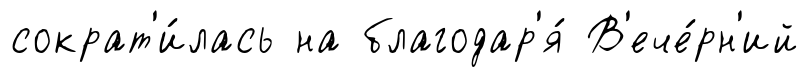
сократ'и́лась на благодар'я́ В'ече́рн'ий